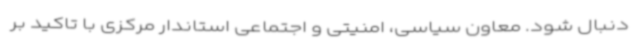
دنبال شود. معاون سیاسی، امنیتی و اجتماعی استاندار مرکزی با تاکید بر